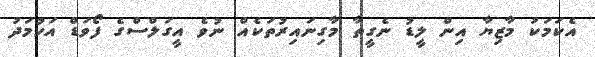
އެކަމަކު މާޒިޔާ އިން ލީޑު ނެގީތާ މާގިނައިރުތަކެއް ނުވެ އީގަލްސްގެ ފޯވަޑް އަހުމަދު